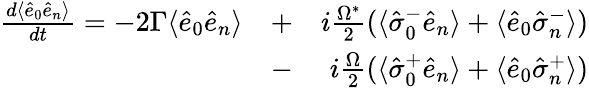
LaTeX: \begin{array}{rlr}{\frac{d\langle\hat{e}_{0}\hat{e}_{n}\rangle}{dt}=-2\Gamma\langle\hat{e}_{0}\hat{e}_{n}\rangle}&{+}&{i\frac{\Omega^{*}}{2}(\langle\hat{\sigma}_{0}^{-}\hat{e}_{n}\rangle+\langle\hat{e}_{0}\hat{\sigma}_{n}^{-}\rangle)}\\ &{-}&{i\frac{\Omega}{2}(\langle\hat{\sigma}_{0}^{+}\hat{e}_{n}\rangle+\langle\hat{e}_{0}\hat{\sigma}_{n}^{+}\rangle)}\end{array}